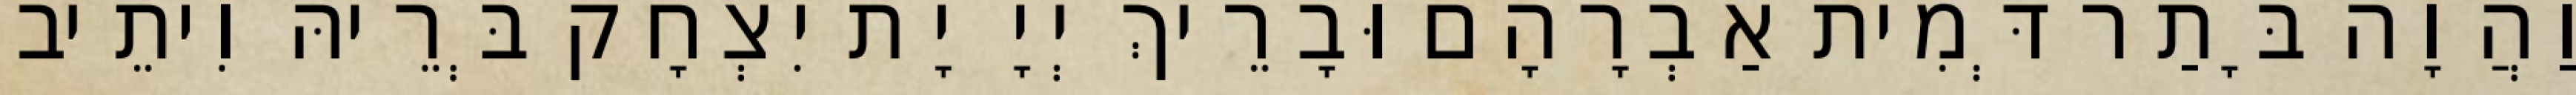
וַהֲוָה בָּתַר דְּמִית אַבְרָהָם וּבָרֵיךְ יְיָ יָת יִצְחָק בְּרֵיהּ וִיתֵיב